Indian journal of veterinary science and animal husbandry - Volume 14,
Year: 1944
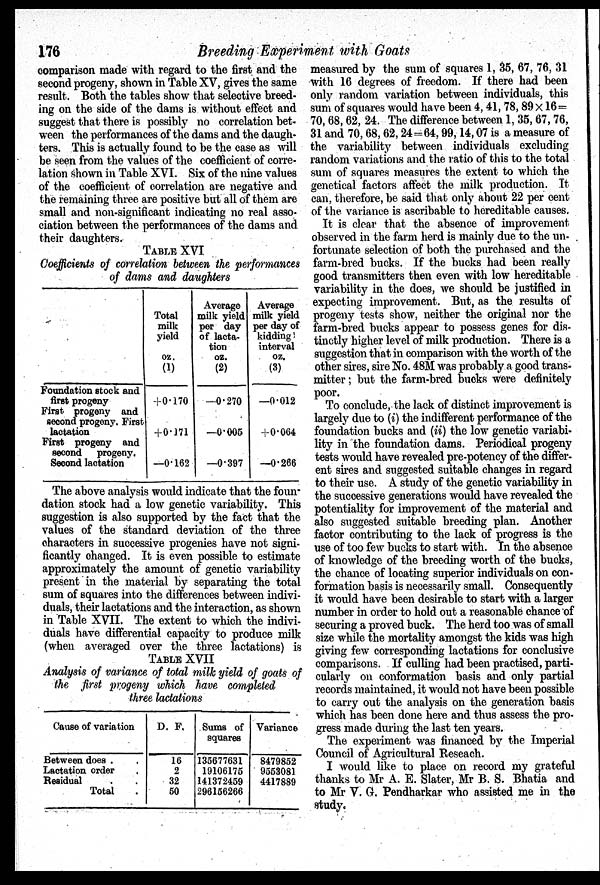
176
Breeding Experiment with Goats
comparison made with regard to the first and the
second progeny, shown in Table XV, gives the same
result. Both the tables show that selective breed-
ing on the side of the dams is without effect and
suggest that there is possibly no correlation bet-
ween the performances of the dams and the daugh-
ters. This is actually found to be the case as will
be seen from the values of the coefficient of corre-
lation shown in Table XVI. Six of the nine values
of the coefficient of correlation are negative and
the remaining three are positive but all of them are
small and non-significant indicating no real asso-
ciation between the performances of the dams and
their daughters.
TABLE XVI
Coefficients of correlation between the performances
of dams and daughters
Foundation stock and
first progeny
First progeny and
second progeny. First
lactation
First progeny and
second
progeny.
Second lactation
Total
milk
yield
oz.
(1)
+0.170
+0.171
—0.162
Average
milk yield
per day
of lacta-
tion oz.
(2)
—0.270
—0.005
—0.397
Average
milk yield
per day of
kidding
interval
oz.
(3)
—0.012
+0.064
—0.266
The above analysis would indicate that the foun-
dation stock had a low genetic variability. This
suggestion is also supported by the fact that the
values of the standard deviation of the three
characters in successive progenies have not signi-
ficantly changed. It is even possible to estimate
approximately the amount of genetic variability
present in the material by separating the total
sum of squares into the differences between indivi-
duals, their lactations and the interaction, as shown
in Table XVII. The extent to which the indivi-
duals have differential capacity to produce milk
(when averaged over the three lactations) is
TABLE XVII
Analysis of variance of total milk yield of goats of
the first progeny which have completed
three lactations
Cause of variation
Between does . .
Lactation order .
Residual . .
Total .
D. F.
16
2
32
50
Sums of
squares
135677631
19106175
141372459
296156266
Variance
8479852
9553081
4417889
measured by the sum of squares 1, 35, 67, 76, 31
with 16 degrees of freedom. If there had been
only random variation between individuals, this
sum of squares would have been 4, 41, 78, 89 × 16 =
70, 68, 62, 24. The difference between 1, 35, 67, 76,
31 and 70, 68, 62, 24=64, 99, 14, 07 is a measure of
the variability between individuals excluding
random variations and the ratio of this to the total
sum of squares measures the extent to which the
genetical factors affect the milk production. It
can, therefore, be said that only about 22 per cent
of the variance is ascribable to hereditable causes.
It is clear that the absence of improvement
observed in the farm herd is mainly due to the un-
fortunate selection of both the purchased and the
farm-bred bucks. If the bucks had been really
good transmitters then even with low hereditable
variability in the does, we should be justified in
expecting improvement. But, as the results of
progeny tests show, neither the original nor the
farm-bred bucks appear to possess genes for dis-
tinctly higher level of milk production. There is a
suggestion that in comparison with the worth of the
other sires, sire No. 48M was probably a good trans-
mitter; but the farm-bred bucks were definitely
poor.
To conclude, the lack of distinct improvement is
largely due to (i) the indifferent performance of the
foundation bucks and (ii) the low genetic variabi-
lity in the foundation dams. Periodical progeny
tests would have revealed pre-potency of the differ-
ent sires and suggested suitable changes in regard
to their use. A study of the genetic variability in
the successive generations would have revealed the
potentiality for improvement of the material and
also suggested suitable breeding plan. Another
factor contributing to the lack of progress is the
use of too few bucks to start with. In the absence
of knowledge of the breeding worth of the bucks,
the chance of locating superior individuals on con-
formation basis is necessarily small. Consequently
it would have been desirable to start with a larger
number in order to hold out a reasonable chance of
securing a proved buck. The herd too was of small
size while the mortality amongst the kids was high
giving few corresponding lactations for conclusive
comparisons. If culling had been practised, parti-
cularly on conformation basis and only partial
records maintained, it would not have been possible
to carry out the analysis on the generation basis
which has been done here and thus assess the pro-
gress made during the last ten years.
The experiment was financed by the Imperial
Council of Agricultural Reseach.
I would like to place on record my grateful
thanks to Mr A. E. Slater, Mr B. S. Bhatia and
to Mr V. G. Pendharkar who assisted me in the
study.